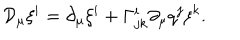
{ \cal D } _ { \mu } \xi ^ { i } = \partial _ { \mu } \xi ^ { i } + \Gamma _ { j k } ^ { i } \partial _ { \mu } q ^ { j } \xi ^ { k } .